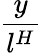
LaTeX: \frac{y}{l^{H}}